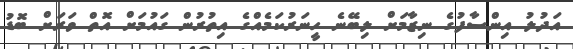
އަދުލު އިންސާފުގެ ނިޒާމަށް ލިބޭނެ ހީނަރުކަމެއްގެ އިތުރުން ގައުމަށް އޮތް ވަރަށް ބޮޑު